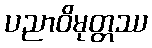
ပညာဝိမုတ္တဿ